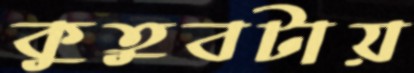
কুতুবটায়